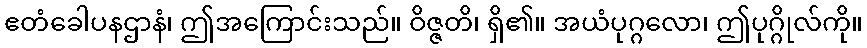
ဧတံခေါပနဌာနံ၊ ဤအကြောင်းသည်။ ဝိဇ္ဇတိ၊ ရှိ၏။ အယံပုဂ္ဂလော၊ ဤပုဂ္ဂိုလ်ကို။